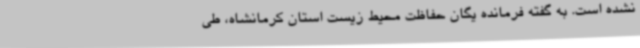
نشده است. به گفته فرمانده یگان حفاظت محیط زیست استان کرمانشاه، طی